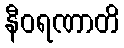
နီဝရဏာတိ